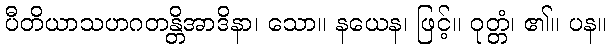
ပီတိယာသဟဂတန္တိအာဒိနာ၊ သော။ နယေန၊ ဖြင့်။ ဝုတ္တံ၊ ၏။ ပန။